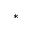
*